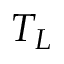
T _ { L }